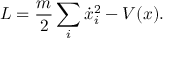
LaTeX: L = { \frac { m } { 2 } } \sum _ { i } { \dot { x } } _ { i } ^ { 2 } - V ( x ) .